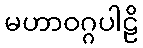
မဟာဝဂ္ဂပါဠိ